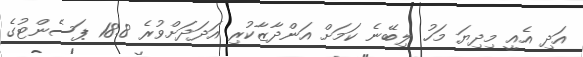
އަދި އެއީ މިދިޔަ މަހު ލިބޭނެ ކަމަަށް އަންދާޒާކުރި އަދަދަށްވުރެ 18.8 ޕަސެންޓުގެ